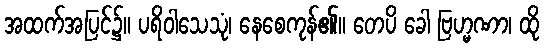
အထက်အပြင်၌။ ပရိဝါသေသုံ၊ နေစေကုန်၏။ တေပိ ခေါ ဗြဟ္မဏာ၊ ထို